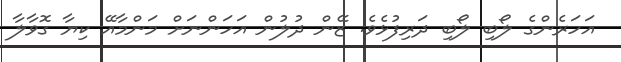
އަހަރެންގެ ލޯބި ލޯބި ދަރިފުޅެވެ. ޒޭން ދުލުން އަހަންނަށް މަންމާއޭ ކިޔާ ގޮވާލާ